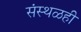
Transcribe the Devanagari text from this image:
संस्थळही